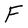
Character: F